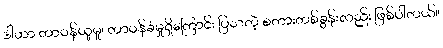
ဒါဟာ တာဝန်ယူမှု၊ တာဝန်ခံမှုရှိကြောင်း ပြသတဲ့ စကားတစ်ခွန်းလည်း ဖြစ်ပါတယ်။